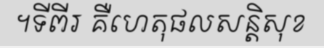
។ទីពីរ គឺហេតុផលសន្តិសុខ